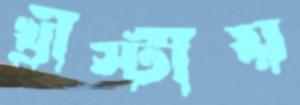
খ্রীস্টীয়